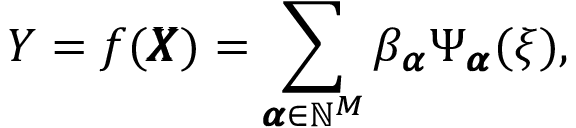
Y = f ( \pmb { X } ) = \sum _ { { \pmb { \alpha } } \in \mathbb { N } ^ { M } } \beta _ { { \pmb { \alpha } } } \Psi _ { { \pmb { \alpha } } } ( { \boldsymbol { \xi } } ) ,